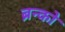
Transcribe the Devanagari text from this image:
ब्रन्को